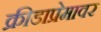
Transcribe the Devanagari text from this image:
क्रीडाप्रेमावर